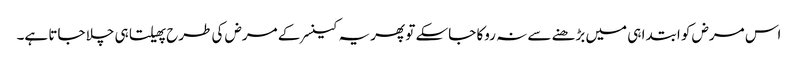
اس مرض کو ابتدا ہی میں بڑھنے سے نہ روکا جاسکے تو پھر یہ کینسر کے مرض کی طرح پھیلتا ہی چلا جاتا ہے۔